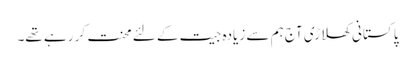
پاکستانی کھلاڑی آج ہم سے زیادہ جیت کے لئے محنت کر رہے تھے۔